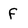
Character: f